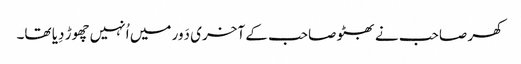
کھر صاحب نے بھٹو صاحب کے آخری دَور میں اُنہیں چھوڑ دِیا تھا۔